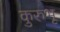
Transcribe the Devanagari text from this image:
कुरुभू